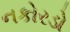
નકોરડો